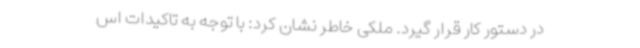
در دستور کار قرار گیرد. ملکی خاطر نشان کرد: با توجه به تاکیدات اس